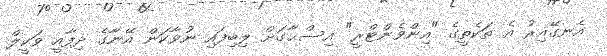
އެނގޭއިރު އެ ތަކެތީގެ "އިންވެންޓްރީ" އިސްޙާގަށް ލިބިފައި ނުވާކަން އޭނާގެ ދިފާއީ ވަކީލް